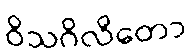
ဝိသဂိလိတော